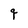
Character: q